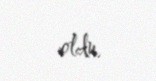
oldu.